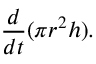
{ \frac { d } { d t } } ( \pi r ^ { 2 } h ) .